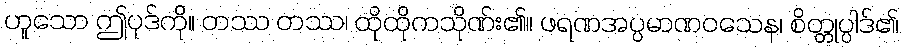
ဟူသော ဤပုဒ်ကို။ တဿ တဿ၊ ထိုထိုကသိုဏ်း၏။ ဖရဏအပ္ပမာဏဝသေန၊ စိတ္တုပ္ပါဒ်၏